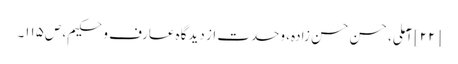
[۲۲] آملی، حسن حسن زادہ، وحدت از دیدگاه عارف و حکیم، ص‌۱۱۵۔